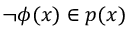
\lnot \phi ( { \boldsymbol { x } } ) \in p ( { \boldsymbol { x } } )